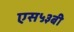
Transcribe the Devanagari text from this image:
एस५३बी